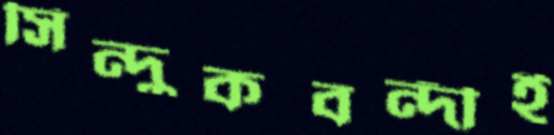
সিন্দুকবন্দীই